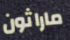
ماراثون